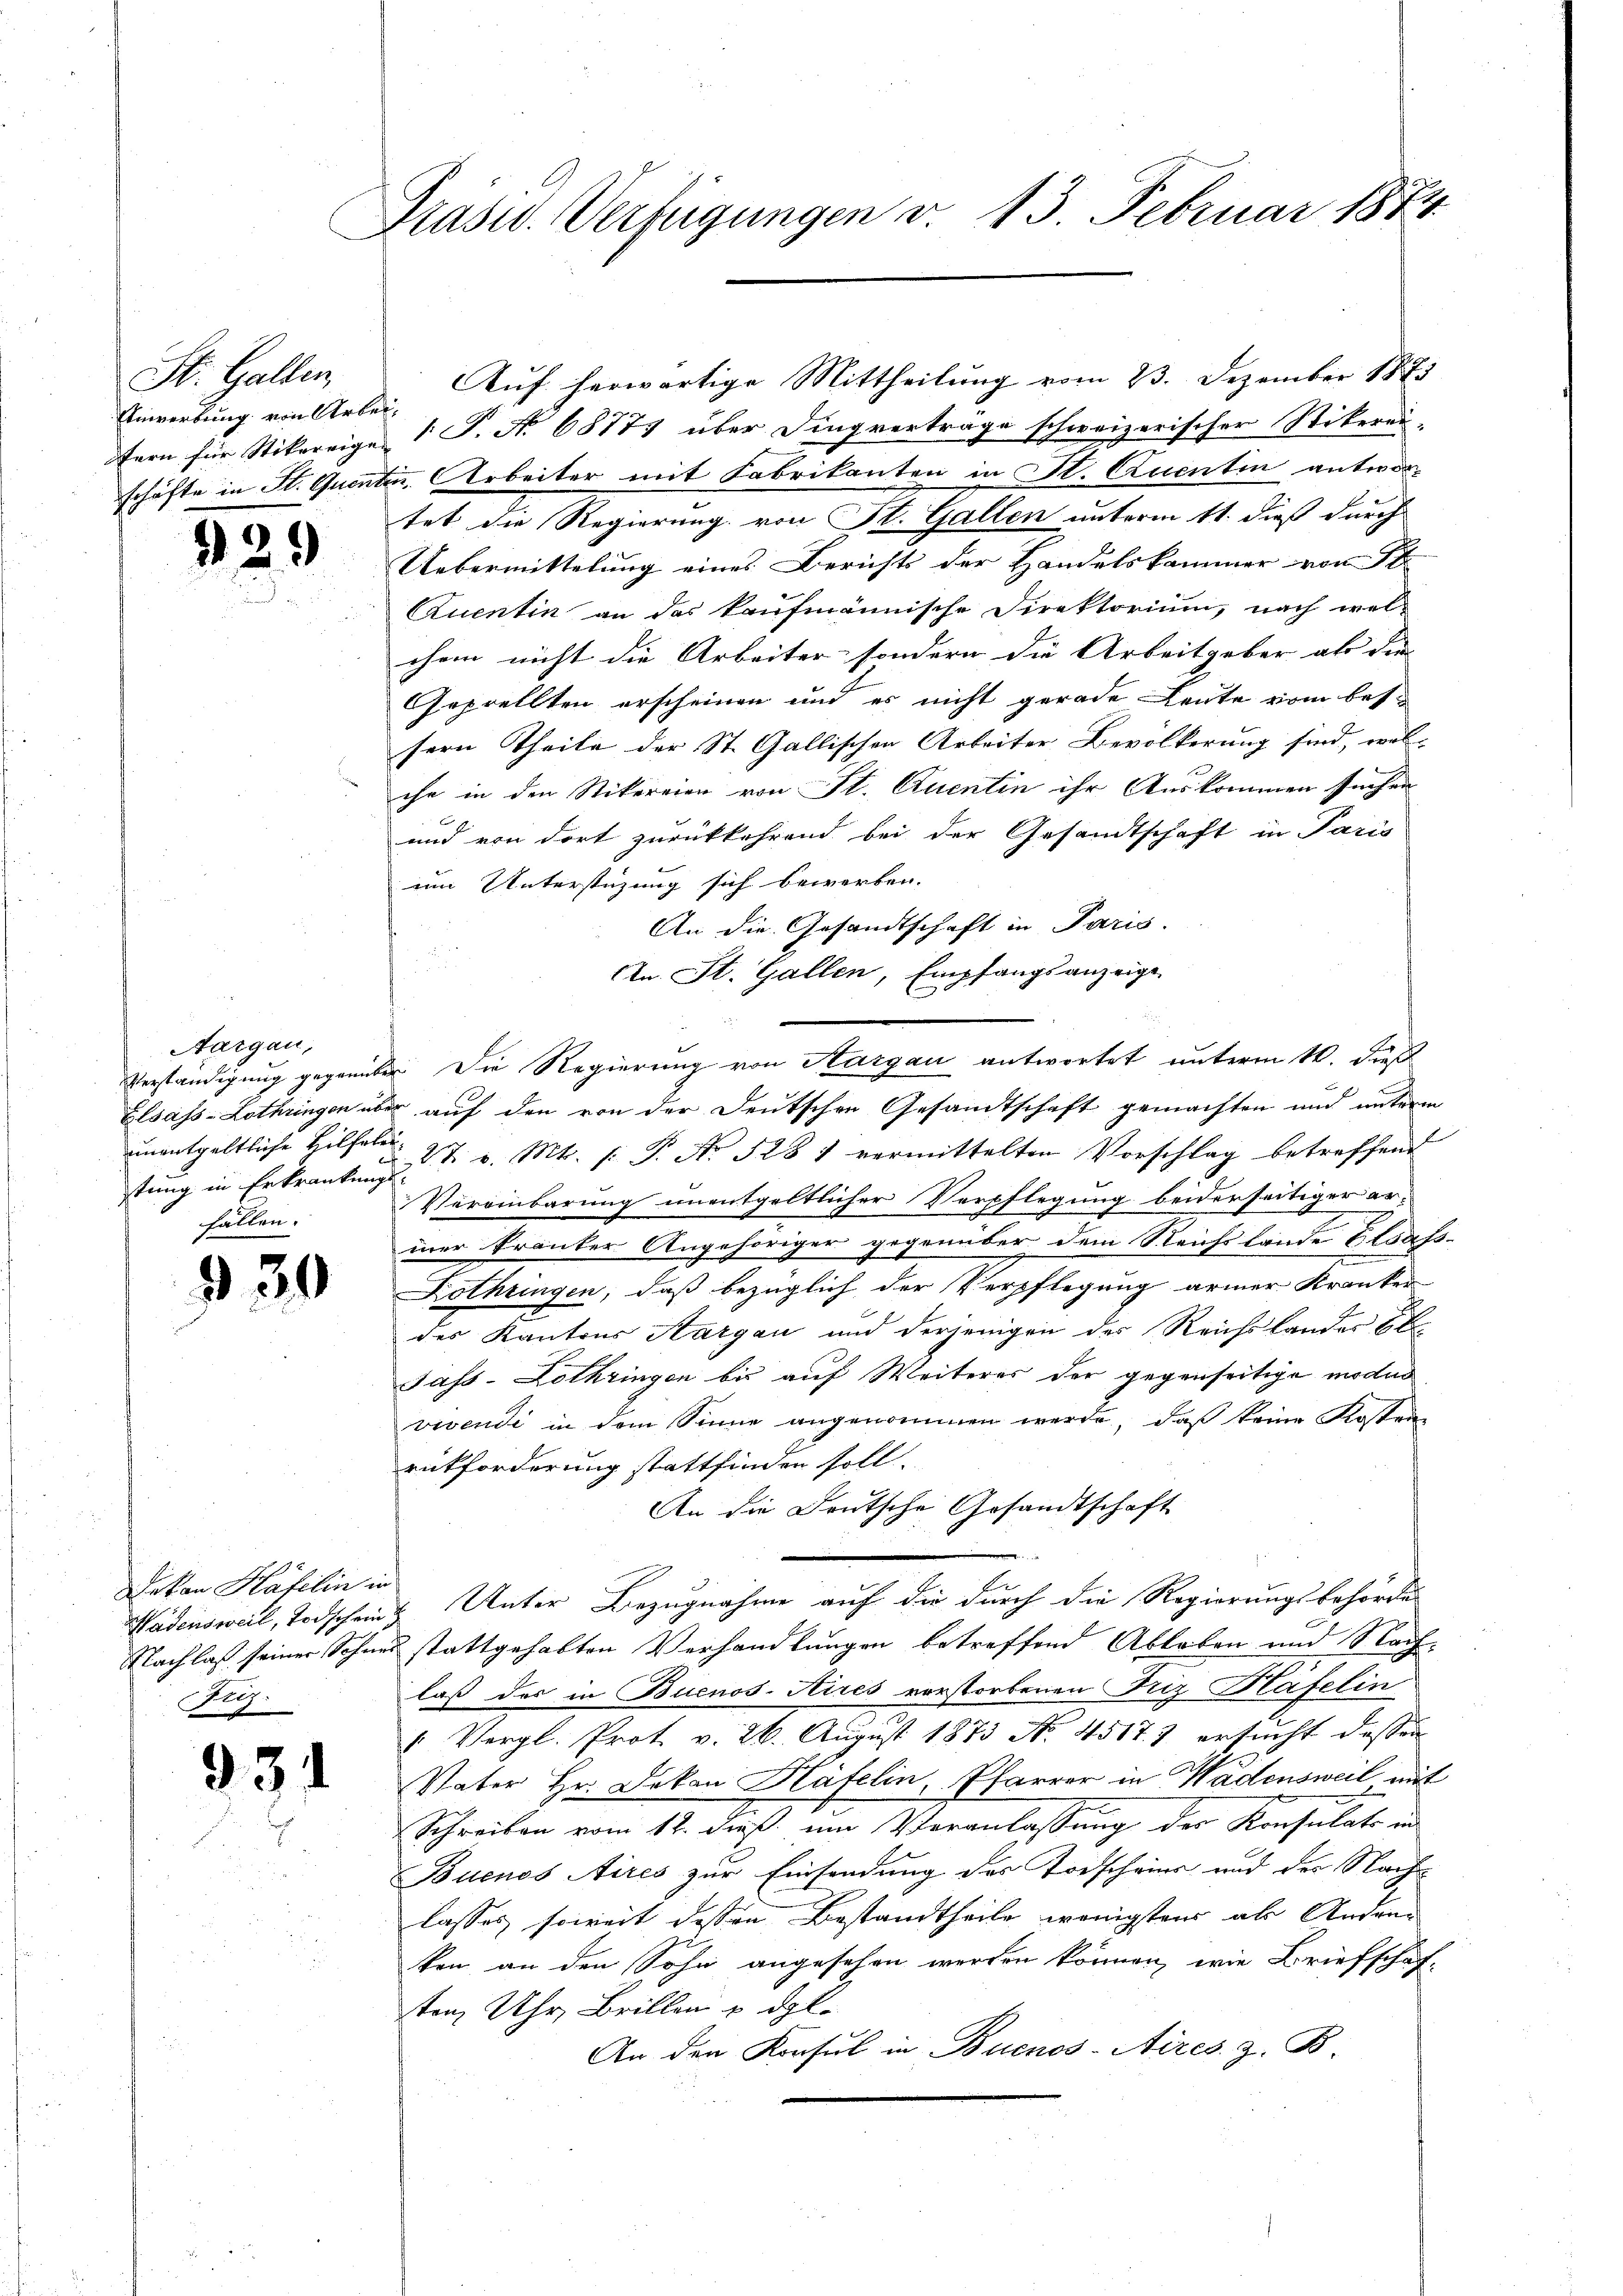
St. Gallen,
Enwerbung von Arbei¬

25

)

Aargau,
tung in Erkrankungs

30

Dekan Häfelin in
Hy.

331

Prasid. Verfügungen v. 13. Februar 1884

fern für Stikareige  P. No 68777 über Dingverträge schweizerischer Stikerei-
schäfte in St. Quentin, Arbeiter mit Fabrikanten in St. Quentin antwortet die Regierung von St. Gallen unterm 11. dieß durch
Uebermittelung eines Berichts der Handelskammer von 18
Quentin an das kaufmännische Direktorium, nach wel-
chem nicht die Arbeiter sondern die Arbeitgeber als die |
Geprellten erscheinen und es nicht gerade Leute vom bes
sern Theile der St. Gallischen Arbeiter Bevölkerung sind, wel-
che in den Nikereien von St. Quentin ihr Auskommen suchen
b
und von dort zurückkehrend bei der Gesandtschaft in Paris
um Unterstüzung sich bewerben.
An die Gesandtschaft in Paris.
An St. Gallen, Empfangsanzeige
Verständigung gegenüber Die Regierung von Aargau antwortet unterm 10. dieß
Elsass-Lothringen über auf den von der Deutschen Gesandtschaft gemachten und unterm
unentgeltliche Hilf 27 v. Mt. s. S. No 528 1 vermittelten Vorschlag betreffend
Vereinbarung unentgeltlicher Verpflegung beiderseitiger ermer kranker Angehöriger gegenüber dem Reichs lände Elsass.
Lothringen, daß bezüglich der Verpflegung armer Kranken
des Kantons Aargau und derjenigen der Reichslandes Obe¬
Jass-Lothringen bis auf Weiteres der gegenseitige moder
vivendi in dem Sinne angenommen werde, daß keine Kosten
rückforderung stattfinden soll.
An die Deutsche Gesandtschaft
Kadensweil, Todscheint Unter Bezugnahme auf die durch die Regierungsbehörde
Nachlaß seiner Schnee stattgehabten Verhandlungen betreffend Ableben und Nachlaß des in Buenos-Aires verstorbenen Friz Häfelin
1. Vergl. Prot. v. 26. August 1873 No. 4517. 7 ersucht dessen
Vater Hr. Dekan Häfelin, Pfarrer in Wadensweil mit
Schreiben vom 12. dieß, um Veranlassung der Konsulats in
Buenos Aires zur Einsendung des Torscheine und der Nachlasses soweit dessen Bestandtheile wenigstens als Anderen
ken an den Sohn angesehen werden können, wie Briefschafsten Uhr, Brillen u. dgl.
An den Konsul in Buenos-Aires. z. B.

Auf herwärtige Mittheilung vom 23. Dezember 1873